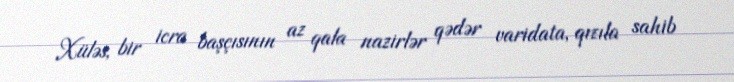
Xüləs, bir icra başçısının az qala nazirlər qədər varidata, qızıla sahib